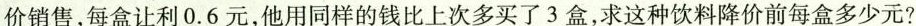
价销售，每盒让利0.6元，他用同样的钱比上次多买了3盒，求这种饮料降价前每盒多少元?